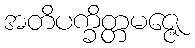
အတိပက္ခိတ္တမဇ္ဇေ